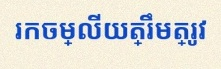
រកចម្លើយត្រឹមត្រូវ